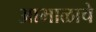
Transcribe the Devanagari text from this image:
आभाळाचे